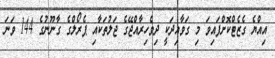
އިއްޔެ ގެޒެޓްކޮށްފައިވަ މި ގަވާއިދަކީ ދިވެހިރާއްޖޭގެ ޖަލުތަކާއި ޕެރޯލްގެ ގާނޫނުގެ 144 ވަނަ